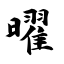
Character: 曜